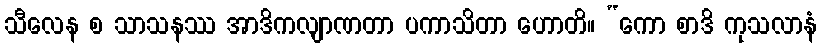
သီလေန စ သာသနဿ အာဒိကလျာဏတာ ပကာသိတာ ဟောတိ။ “ကော စာဒိ ကုသလာနံ